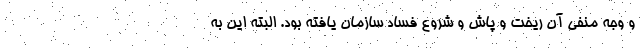
و وجه منفی آن ریخت و پاش و شروع فساد سازمان یافته بود. البته این به